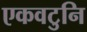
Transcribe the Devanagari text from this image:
एकवटुनि